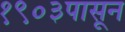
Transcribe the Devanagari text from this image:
१९०३पासून